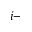
i -